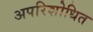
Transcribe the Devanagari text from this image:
अपरिशोधित